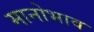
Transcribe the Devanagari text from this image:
मानोभाव